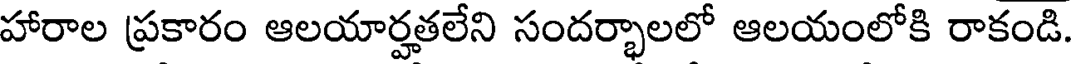
హారాల ప్రకారం ఆలయార్హతలేని సందర్భాలలో ఆలయంలోకి రాకండి